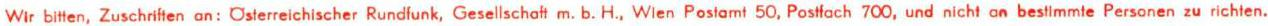
Wir bitten Zuschriften  an : Österreichischer Rundfunk, Gesellschaff m. b. H., Wien Postamt 50, Postfach 700, und nicht an bestimmte Personen zu richten.